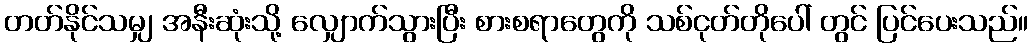
တတ်နိုင်သမျှ အနီးဆုံးသို့ လျှောက်သွားပြီး စားစရာတွေကို သစ်ငုတ်တိုပေါ် တွင် ပြင်ပေးသည်။